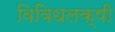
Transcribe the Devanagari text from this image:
विविधलक्षी